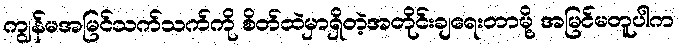
ကျွန်မအမြင်သက်သက်ကို စိတ်ထဲမှာရှိတဲ့အတိုင်းချရေးတာမို့ အမြင်မတူပါက